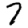
Digit: 7